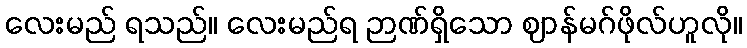
လေးမည် ရသည်။ လေးမည်ရ ဉာဏ်ရှိသော ဈာန်မဂ်ဖိုလ်ဟူလို။